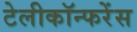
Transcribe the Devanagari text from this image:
टेलीकॉन्फरेंस